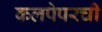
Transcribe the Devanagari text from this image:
कलपेपरची